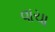
વાચા